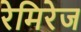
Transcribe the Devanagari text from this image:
रेमिरेज